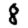
Digit: 8